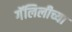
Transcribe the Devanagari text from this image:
गॅलिलीच्या